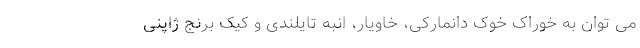
می توان به خوراک خوک دانمارکی، خاویار، انبه تایلندی و کیک برنج ژاپنی